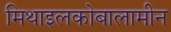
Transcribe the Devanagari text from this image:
मिथाइलकोबालामीन